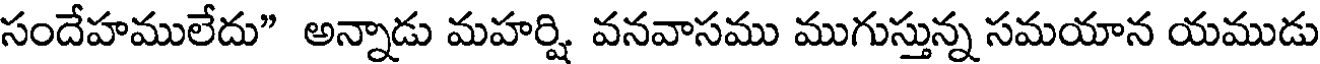
సందేహములేదు" అన్నాడు మహర్షి వనవాసము ముగుస్తున్న సమయాన యముడు